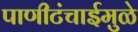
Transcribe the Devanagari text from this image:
पाणीटंचाईमुळे